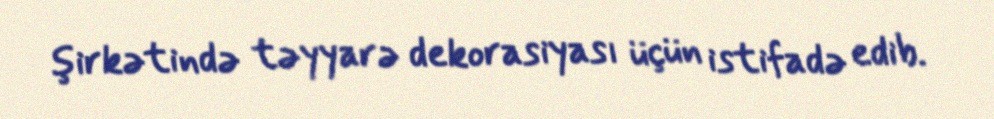
şirkətində təyyarə dekorasiyası üçün istifadə edib.